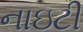
નાઇટી